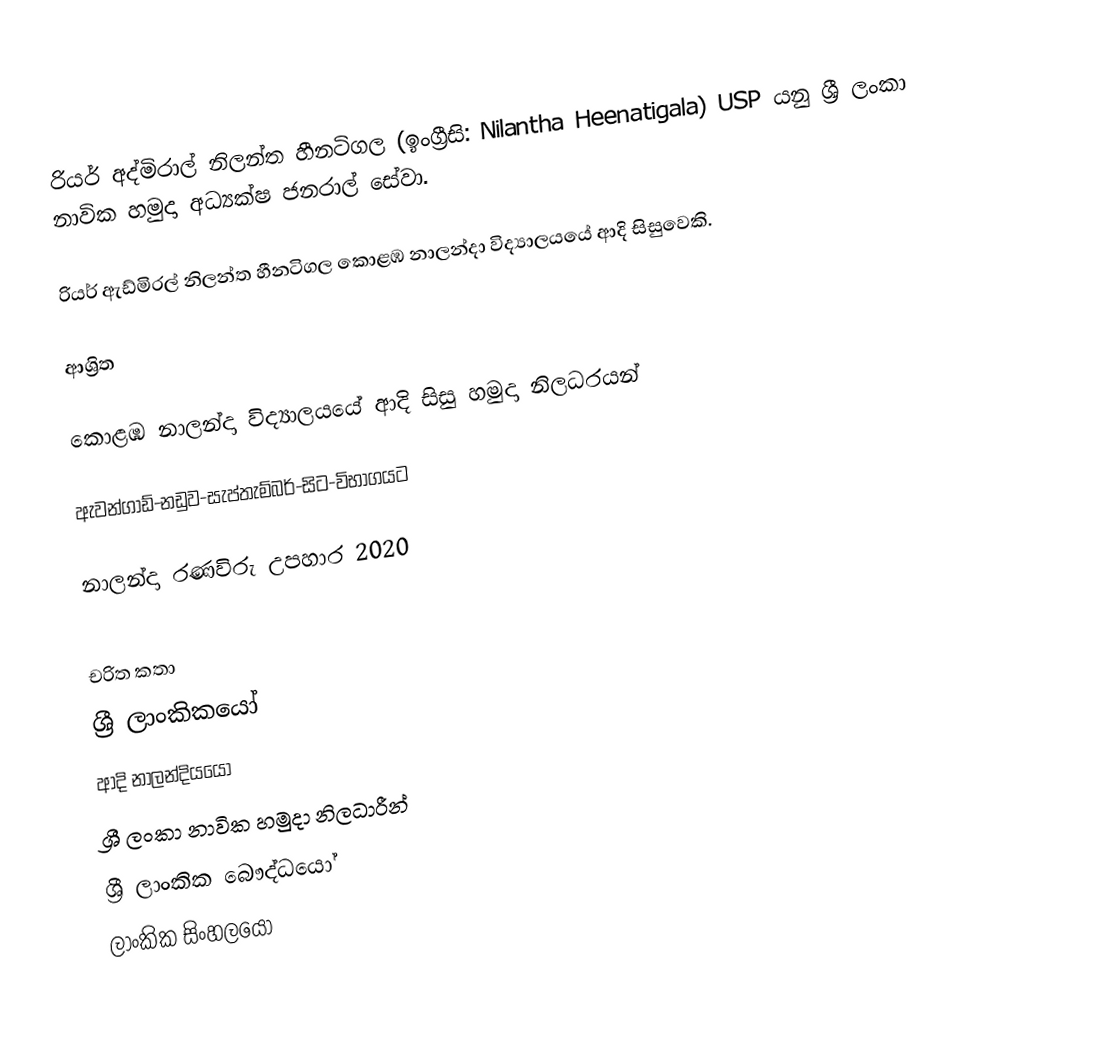
රියර් අද්මිරාල් නිලන්ත හීනටිගල (ඉංග්‍රීසි: Nilantha Heenatigala) USP යනු  ශ්‍රී ලංකා නාවික හමුදා අධ්‍යක්ෂ ජනරාල් සේවා.

රියර් ඇඩ්මිරල් නිලන්ත හීනටිගල  කොළඹ නාලන්දා විද්‍යාලයයේ ආදි සිසුවෙකි.

ආශ්‍රිත

 කොළඹ නාලන්දා විද්‍යාලයයේ ආදි සිසු හමුදා නිලධරයන්

 ඇවන්ගාඩ්-නඩුව-සැප්තැම්බර්-සිට-විභාගයට

 නාලන්දා රණවිරු උපහාර 2020

චරිත කතා
ශ්‍රී ලාංකිකයෝ
ආදි නාලන්දියයෝ
ශ්‍රී ලංකා නාවික හමුදා නිලධාරීන්
ශ්‍රී ලාංකික බෞද්ධයෝ
ලාංකික සිංහලයෝ